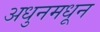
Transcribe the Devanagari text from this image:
अधुनमधून